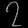
Digit: ၇